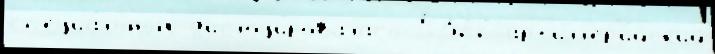
сп'ециа́льных д'ислоци́ровалась 5322 арт'илл'ер'и́йск'ий